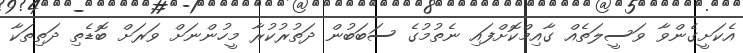
އެކަށީގެންވާ ވަސީލަތެއް ގާއިމްކޮށްފައި ނެތުމުގެ ސަބަބުން ދަތުރުކުރާ މީހުންނަށް ވަރަށް ބޮޑެތި ދަތިތަކާ